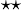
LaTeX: ^{\star\star}